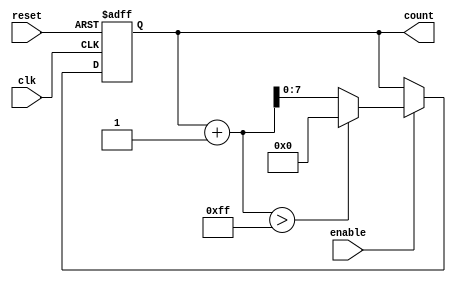
module IncrementalCounter #(
    parameter INITIAL_VALUE = 0,  // Initial count value
    parameter STEP_SIZE = 1,       // Step size for increment
    parameter MAX_COUNT = 255       // Maximum count value
)(
    input wire clk,                // Clock input
    input wire reset,              // Asynchronous reset input
    input wire enable,             // Enable input
    output reg [7:0] count         // Current count value (8-bit for MAX_COUNT)
);

    // Always block for counting logic
    always @(posedge clk or posedge reset) begin
        if (reset) begin
            count <= INITIAL_VALUE; // Reset to initial value
        end else if (enable) begin
            if (count + STEP_SIZE > MAX_COUNT) begin
                count <= 0; // Wrap around to zero on overflow
            end else begin
                count <= count + STEP_SIZE; // Increment by step size
            end
        end
    end

endmodule